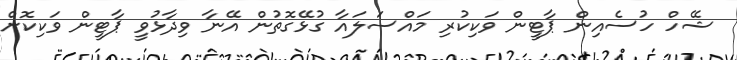
ޝޭހް ހުސެއިން ޕާޓީން ވަކިކުރި މައްސަލައާ ގުޅޭގޮތުން އޭނާ ވިދާޅުވީ ޕާޓީން ވަކިކޮށް